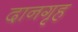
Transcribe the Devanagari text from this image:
दानगृह